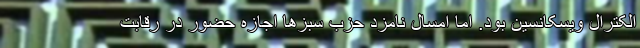
الکترال ویسکانسین بود. اما امسال نامزد حزب سبزها اجازه حضور در رقابت